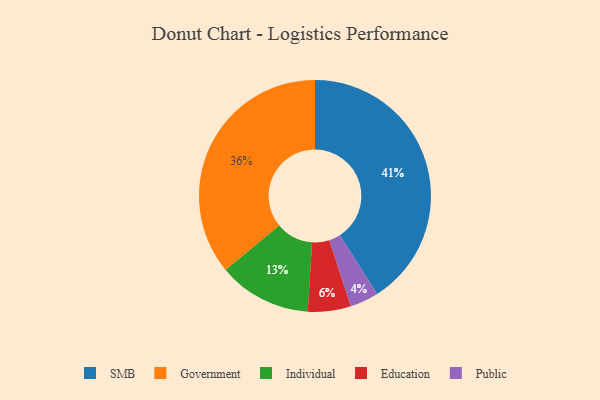
{"axis": {"x": "Category", "y": "Percentage"}, "legend": ["Education", "Government", "Individual", "Public", "SMB"], "data": [{"x": "SMB", "y": 41, "type": "SMB"}, {"x": "Government", "y": 36, "type": "Government"}, {"x": "Education", "y": 6, "type": "Education"}, {"x": "Individual", "y": 13, "type": "Individual"}, {"x": "Public", "y": 4, "type": "Public"}]}